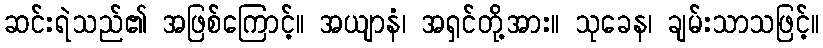
ဆင်းရဲသည်၏ အဖြစ်ကြောင့်။ အယျာနံ၊ အရှင်တို့အား။ သုခေန၊ ချမ်းသာသဖြင့်။